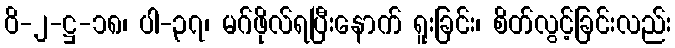
ဝိ-၂-ဋ္ဌ-၁၈၊ ပါ-၃၇၊ မဂ်ဖိုလ်ရပြီးနောက် ရူးခြင်း၊ စိတ်လွင့်ခြင်းလည်း